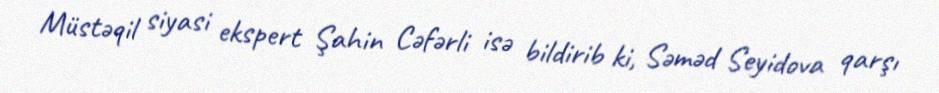
Müstəqil siyasi ekspert Şahin Cəfərli isə bildirib ki, Səməd Seyidova qarşı